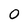
Character: 0